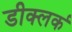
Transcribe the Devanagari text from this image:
डीक्लर्क